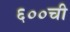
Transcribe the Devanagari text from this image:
६००ची